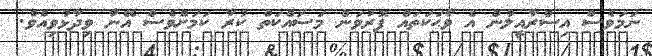
ނަމަވެސް އިސްރާއީލުން އެ ވާޙަކަތައް ފޮރުވަން މަސައްކަތް ކުރާ ކަމަށްވެސް އޭނާ ވިދާޅުވިއެވެ.